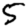
Digit: 5